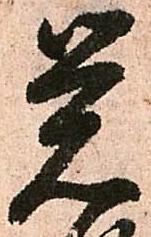
覚